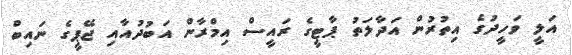
އަލީ ވަހީދުގެ އިތުރުން އަދާލަތު ޕާޓީގެ ރައީސް އިމްރާން އަބުދުއާއި ޖޭޕީގެ ނައިބް